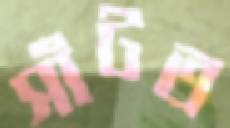
সাঁটত